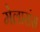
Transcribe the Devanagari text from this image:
मेलारांस